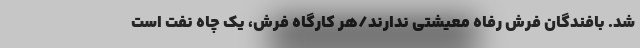
شد. بافندگان فرش رفاه معیشتی ندارند/هر کارگاه فرش، یک چاه نفت است